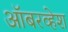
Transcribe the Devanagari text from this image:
ऑबरव्हेश